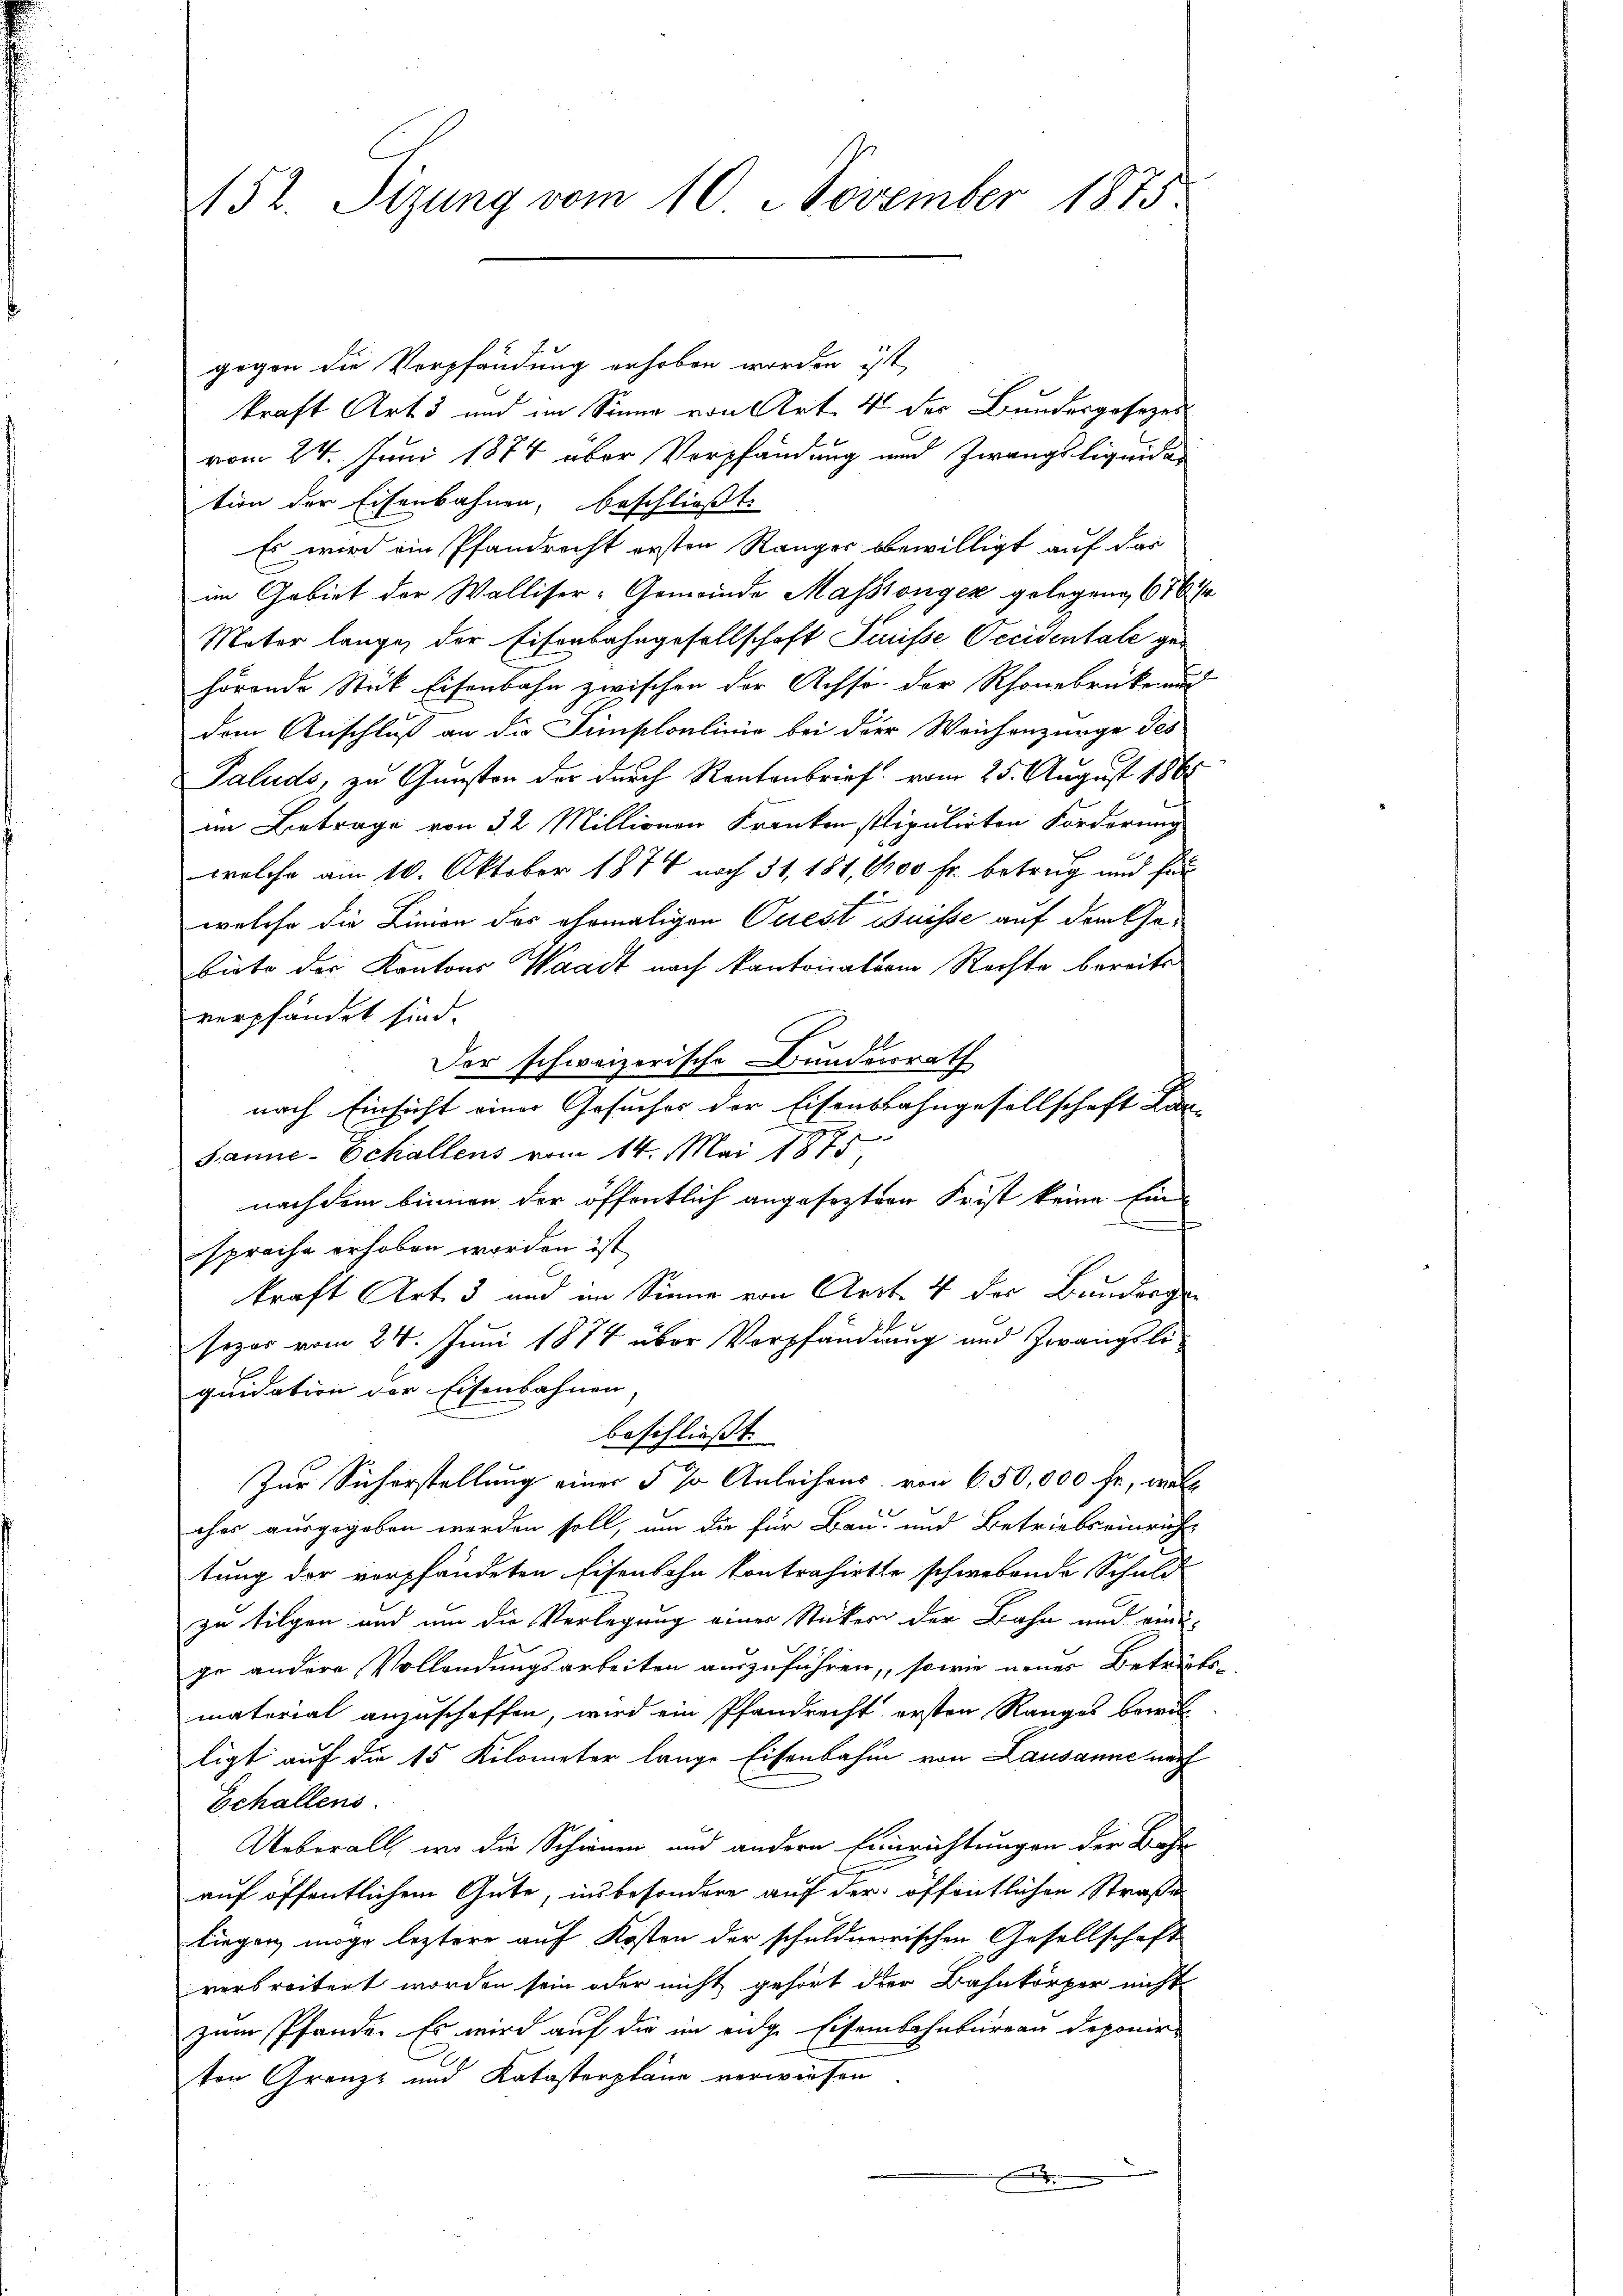
152. Sizung vom 10. November 1875.

gogen die Verpfändung erhoben worden ist,
kraft Art. 5 und im Sinne von Art. 4 der Bundesgesezes
vom 24. Juni 1874 über Verpfändung und Zwangs liquidan
tion der Eisenbahnen, beschließt:
Es wird ein Pfandrecht ersten Ranger bewilligt auf das
im Gebiet der Walliser-Gemeinde Massionger gelegen, 676. Er
Motor langen der Eisenbahngesellschaft Trüsse Occidentale ge-
hörende Stück Eisenbahn zwischen der Achso der Rhonebrüke und
dem Anschluß an die Simploulinie bei der Weichenzunge des
Paluds, zu Gunsten der durch Rentenbrief vom 25. August 1861
im Betrage von 22 Millionen Kranken stipulirten Forderung
welche am 10. Oktober 1878 noch 31, 184, 1100 fr. betrug und für
welche die Linien des ehemaligen Quest Buisse auf dem Gebiete der Kantons Waadt nach kantonation Rechte bereits
verpfändet sind.
Der schweizerische Bundesrath
nach Einsicht einer Gesuches der Eisensbahngesellschaft Lar-

Janne-Echallens vom 14. Mai 1875.
nach dem binnen der öffentlich angesezten Frist keine Ein-

sprache erhoben worden ist
kraft Art. 3 und im Sinne von Art. 4 der Bunderge
sozos vom 24. Juni 1874 über Verpfändung und Zwangsliquidation der Eisenbahnen,
beschließt:
Zur Sicherstellung einer § 70 Anleihens von 650,000 fr, welch
ches ausgegeben werden soll, um die für Bau- und Betriebs einrich-
tung der verpfändeten Eisenbahn kontrahirte schwebende Schuld
zu tilgen und um die Verlegung einer Sticker der Bahn und eine
ge andere Vollendungsarbeiten auszuführen, sowie neues Betreits-
material anzuschaffen, wird ein Pfandrecht ersten Ranges bewil
ligt auf die 15 Kilometer lange Eisenbahn von Lausanne nach
Echallens.
Ueberall, wo die Schinen und andern Einrichtungen der Bahn
auf öffentlichem Gute, insbesondere auf der öffentlichen Straße
liegen möge leztere auf Kosten der schuldnerischen Gesellschaft
verbreitert worden sein oder nicht gehört der Bahnkörper nicht
zum Pfande. Es wird auf die im eidge Eisenbahnbureau deponirton Grenz- und Katastorpläne verwiesen
|
.